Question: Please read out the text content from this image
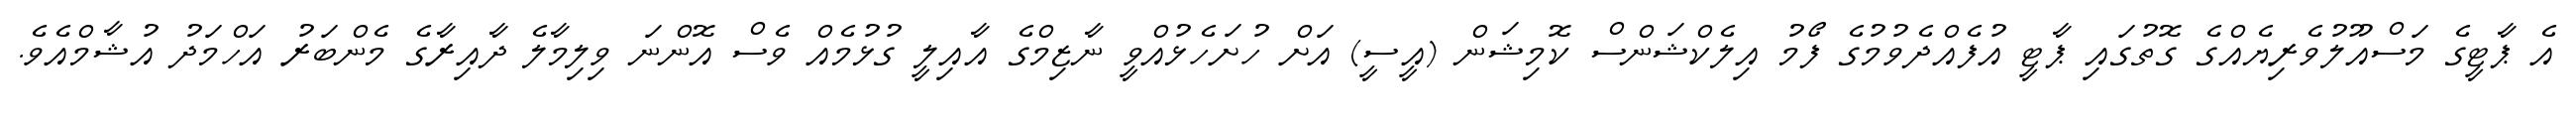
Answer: އެ ޕާޓީގެ މަސްއޫލުވެރިޔެއްގެ ގޮތުގައި ޕާޓީ އުފެއްދެވުމުގެ ފޯމު އިލެކްޝަންސް ކޮމިޝަން (އީސީ) އަށް ހުށަހެޅުއްވީ ނާޒިމްގެ އާއިލީ ގުޅުމެއް ވެސް އޮންނަ ވިލިމާލެ ދާއިރާގެ މެންބަރު އަހްމަދު އުޝާމްއެވެ.